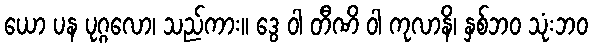
ယော ပန ပုဂ္ဂလော၊ သည်ကား။ ဒွေ ဝါ တီဏိ ဝါ ကုလာနိ၊ နှစ်ဘဝ သုံးဘဝ